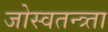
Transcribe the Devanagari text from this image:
जोस्वतन्त्र्ता